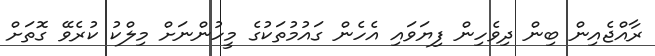
ރާއްޖެއިން ބިން ދިވެހިން ފިޔަވައި އެހެން ގައުމުތަކުގެ މީހުންނަށް މިލްކު ކުރެވޭ ގޮތަށް